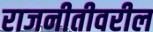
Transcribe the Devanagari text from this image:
राजनीतीवरील